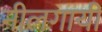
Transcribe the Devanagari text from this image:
नीलगायी